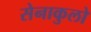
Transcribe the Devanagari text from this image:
सेनाकुलो